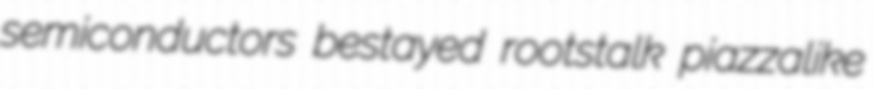
semiconductors bestayed rootstalk piazzalike